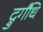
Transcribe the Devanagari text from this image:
द्रुर्गंधि